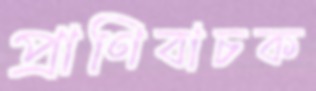
প্রাণিবাচক